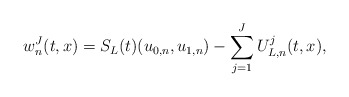
\begin{align*}w^J_n(t,x) = S_L(t)(u_{0,n},u_{1,n}) - \sum_{j = 1}^J U^j_{L,n}(t,x), \end{align*}